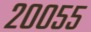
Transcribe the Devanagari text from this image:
२००५५